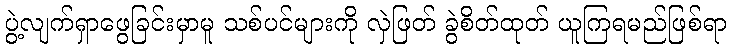
ပွဲ့လျက်ရှာဖွေခြင်းမှာမူ သစ်ပင်များကို လှဲဖြတ် ခွဲစိတ်ထုတ် ယူကြရမည်ဖြစ်ရာ